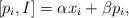
LaTeX: \begin{align*}\hspace{+5em} [p_i,I] = \alpha x_i+\beta p_i, \end{align*}